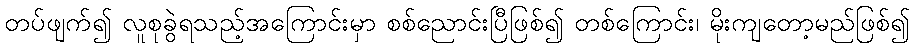
တပ်ဖျက်၍ လူစုခွဲရသည့်အကြောင်းမှာ စစ်ညောင်းပြီဖြစ်၍ တစ်ကြောင်း၊ မိုးကျတော့မည်ဖြစ်၍